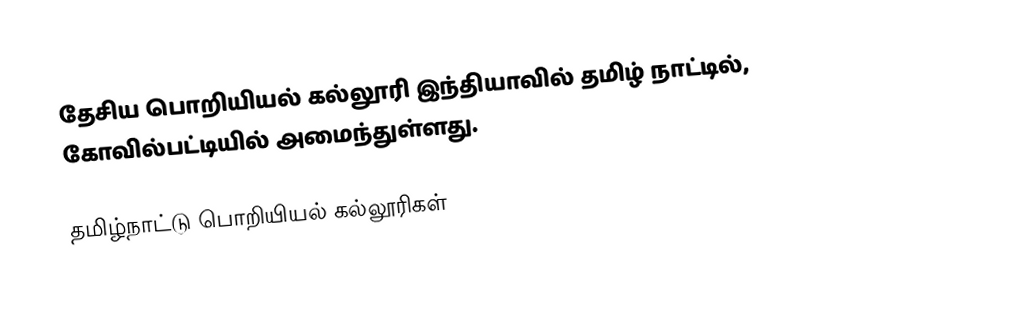
தேசிய பொறியியல் கல்லூரி இந்தியாவில்  தமிழ் நாட்டில், கோவில்பட்டியில் அமைந்துள்ளது.

தமிழ்நாட்டு பொறியியல் கல்லூரிகள்